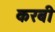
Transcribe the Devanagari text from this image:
करबी